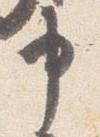
申